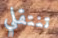
تنتقلي